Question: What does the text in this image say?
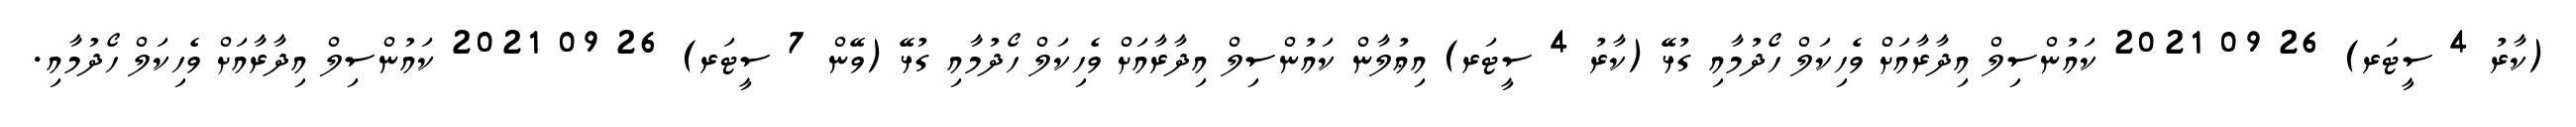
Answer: (ކާރު 4 ސީޓަރ) 26 09 2021 ކައުންސިލް އިދާރާއަށް ވެހިކަލް ހޯދުމާއި ގުޅޭ (ކާރު 4 ސީޓަރ) އިޢުލާން ކައުންސިލް އިދާރާއަށް ވެހިކަލް ހޯދުމާއި ގުޅޭ (ވޭން 7 ސީޓަރ) 26 09 2021 ކައުންސިލް އިދާރާއަށް ވެހިކަލް ހޯދުމާއި.